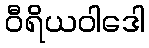
ဝီရိယဝါဒေါ